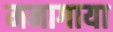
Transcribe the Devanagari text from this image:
मनागाया